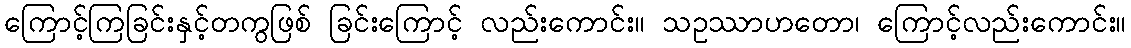
ကြောင့်ကြခြင်းနှင့်တကွဖြစ် ခြင်းကြောင့် လည်းကောင်း။ သဥဿာဟတော၊ ကြောင့်လည်းကောင်း။